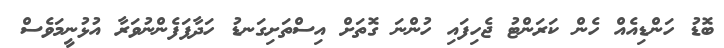
ބޮޑު ހަންޑިއެއް ހެން ކަރަންޓު ޖެހިފައި ހުންނަ ގޮތަށް އިސްތަށިގަނޑު ހަދާފަފެންނުވަރާ އުޅުނީމަވެސް